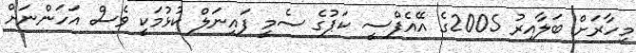
މިހާރަށް ބަލާއިރު 2005ގެ އޭއެފްސީ ކަޕުގެ ސެމީ ފައިނަލް ކުޅުމަކީ ވެސް އަހަންނަށް